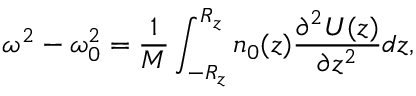
\omega ^ { 2 } - \omega _ { 0 } ^ { 2 } = \frac { 1 } { M } \int _ { - R _ { z } } ^ { R _ { z } } n _ { 0 } ( z ) \frac { \partial ^ { 2 } U ( z ) } { \partial z ^ { 2 } } d z ,